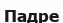
Падре